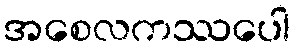
အစေလကဿပေါ